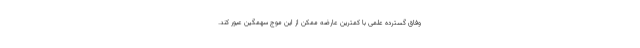
وفاق گسترده علمی با کمترین عارضه ممکن از این موج سهمگین عبور کند.